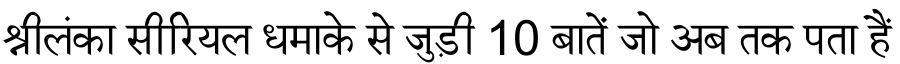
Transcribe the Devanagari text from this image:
श्रीलंका सीरियल धमाके से जुड़ी 10 बातें जो अब तक पता हैं